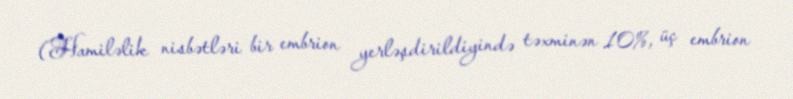
(Hamiləlik nisbətləri bir embrion yerləşdirildiyində təxminən 10%, üç embrion